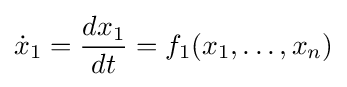
{\dot {x}}_{1}={\frac {dx_{1}}{dt}}=f_{1}(x_{1},\ldots ,x_{n})